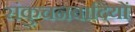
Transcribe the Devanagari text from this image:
संकुचनवादियों